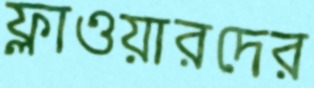
ফ্লাওয়ারদের